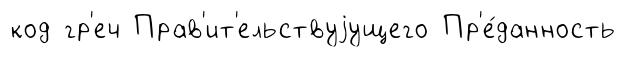
код гр'еч Прав'ит'ельствуjущего Пр'е́данность